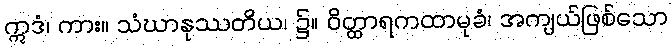
ဣဒံ၊ ကား။ သံဃာနုဿတိယ၊ ၌။ ဝိတ္ထာရကထာမုခံ၊ အကျယ်ဖြစ်သော